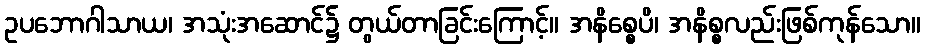
ဥပဘောဂါသာယ၊ အသုံးအဆောင်၌ တွယ်တာခြင်းကြောင့်။ အနိစ္စေပိ၊ အနိစ္စလည်းဖြစ်ကုန်သော။